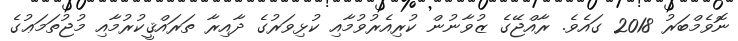
ނޮވެމްބަރު 2018 ގައެވެ. ރާއްޖޭގެ ޒުވާނުން ކުރިއެރުވުމާއި ކުޅިވަރުގެ ދާއިރާ ތަރައްޤީކުރުމާއި މުޖުތަމަޢުގެ